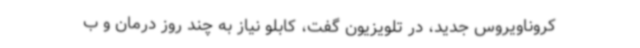
کروناویروس جدید، در تلویزیون گفت، کابلو نیاز به چند روز درمان و ب